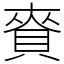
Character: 𧶘